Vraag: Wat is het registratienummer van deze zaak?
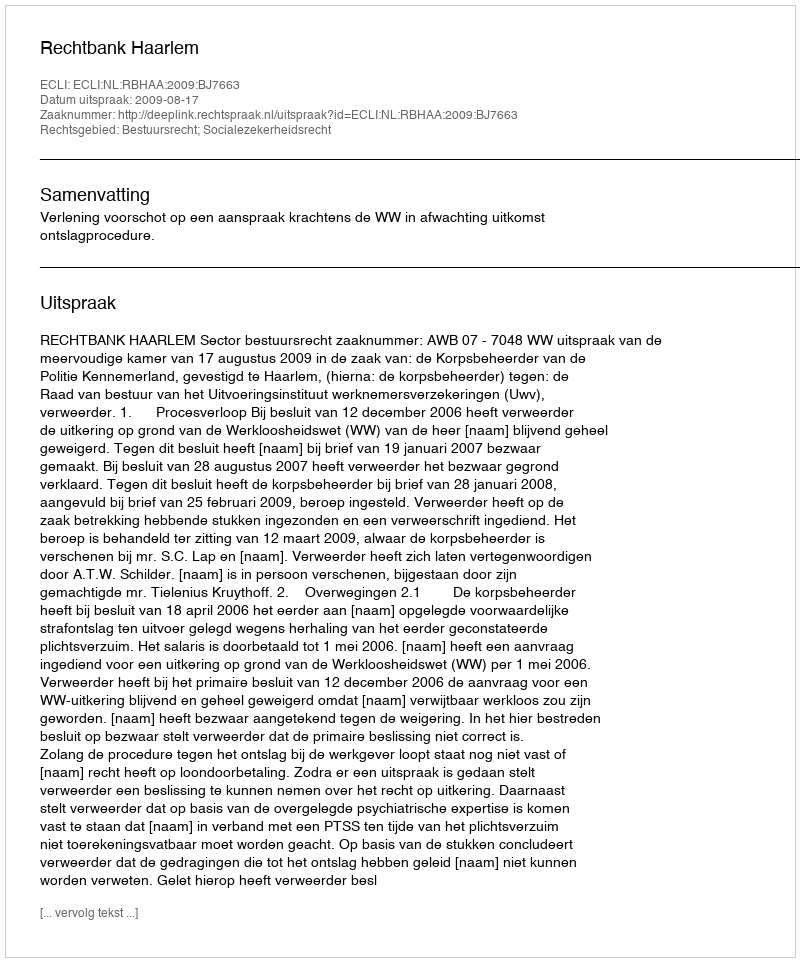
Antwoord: http://deeplink.rechtspraak.nl/uitspraak?id=ECLI:NL:RBHAA:2009:BJ7663